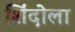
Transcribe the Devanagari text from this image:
शिंदोला